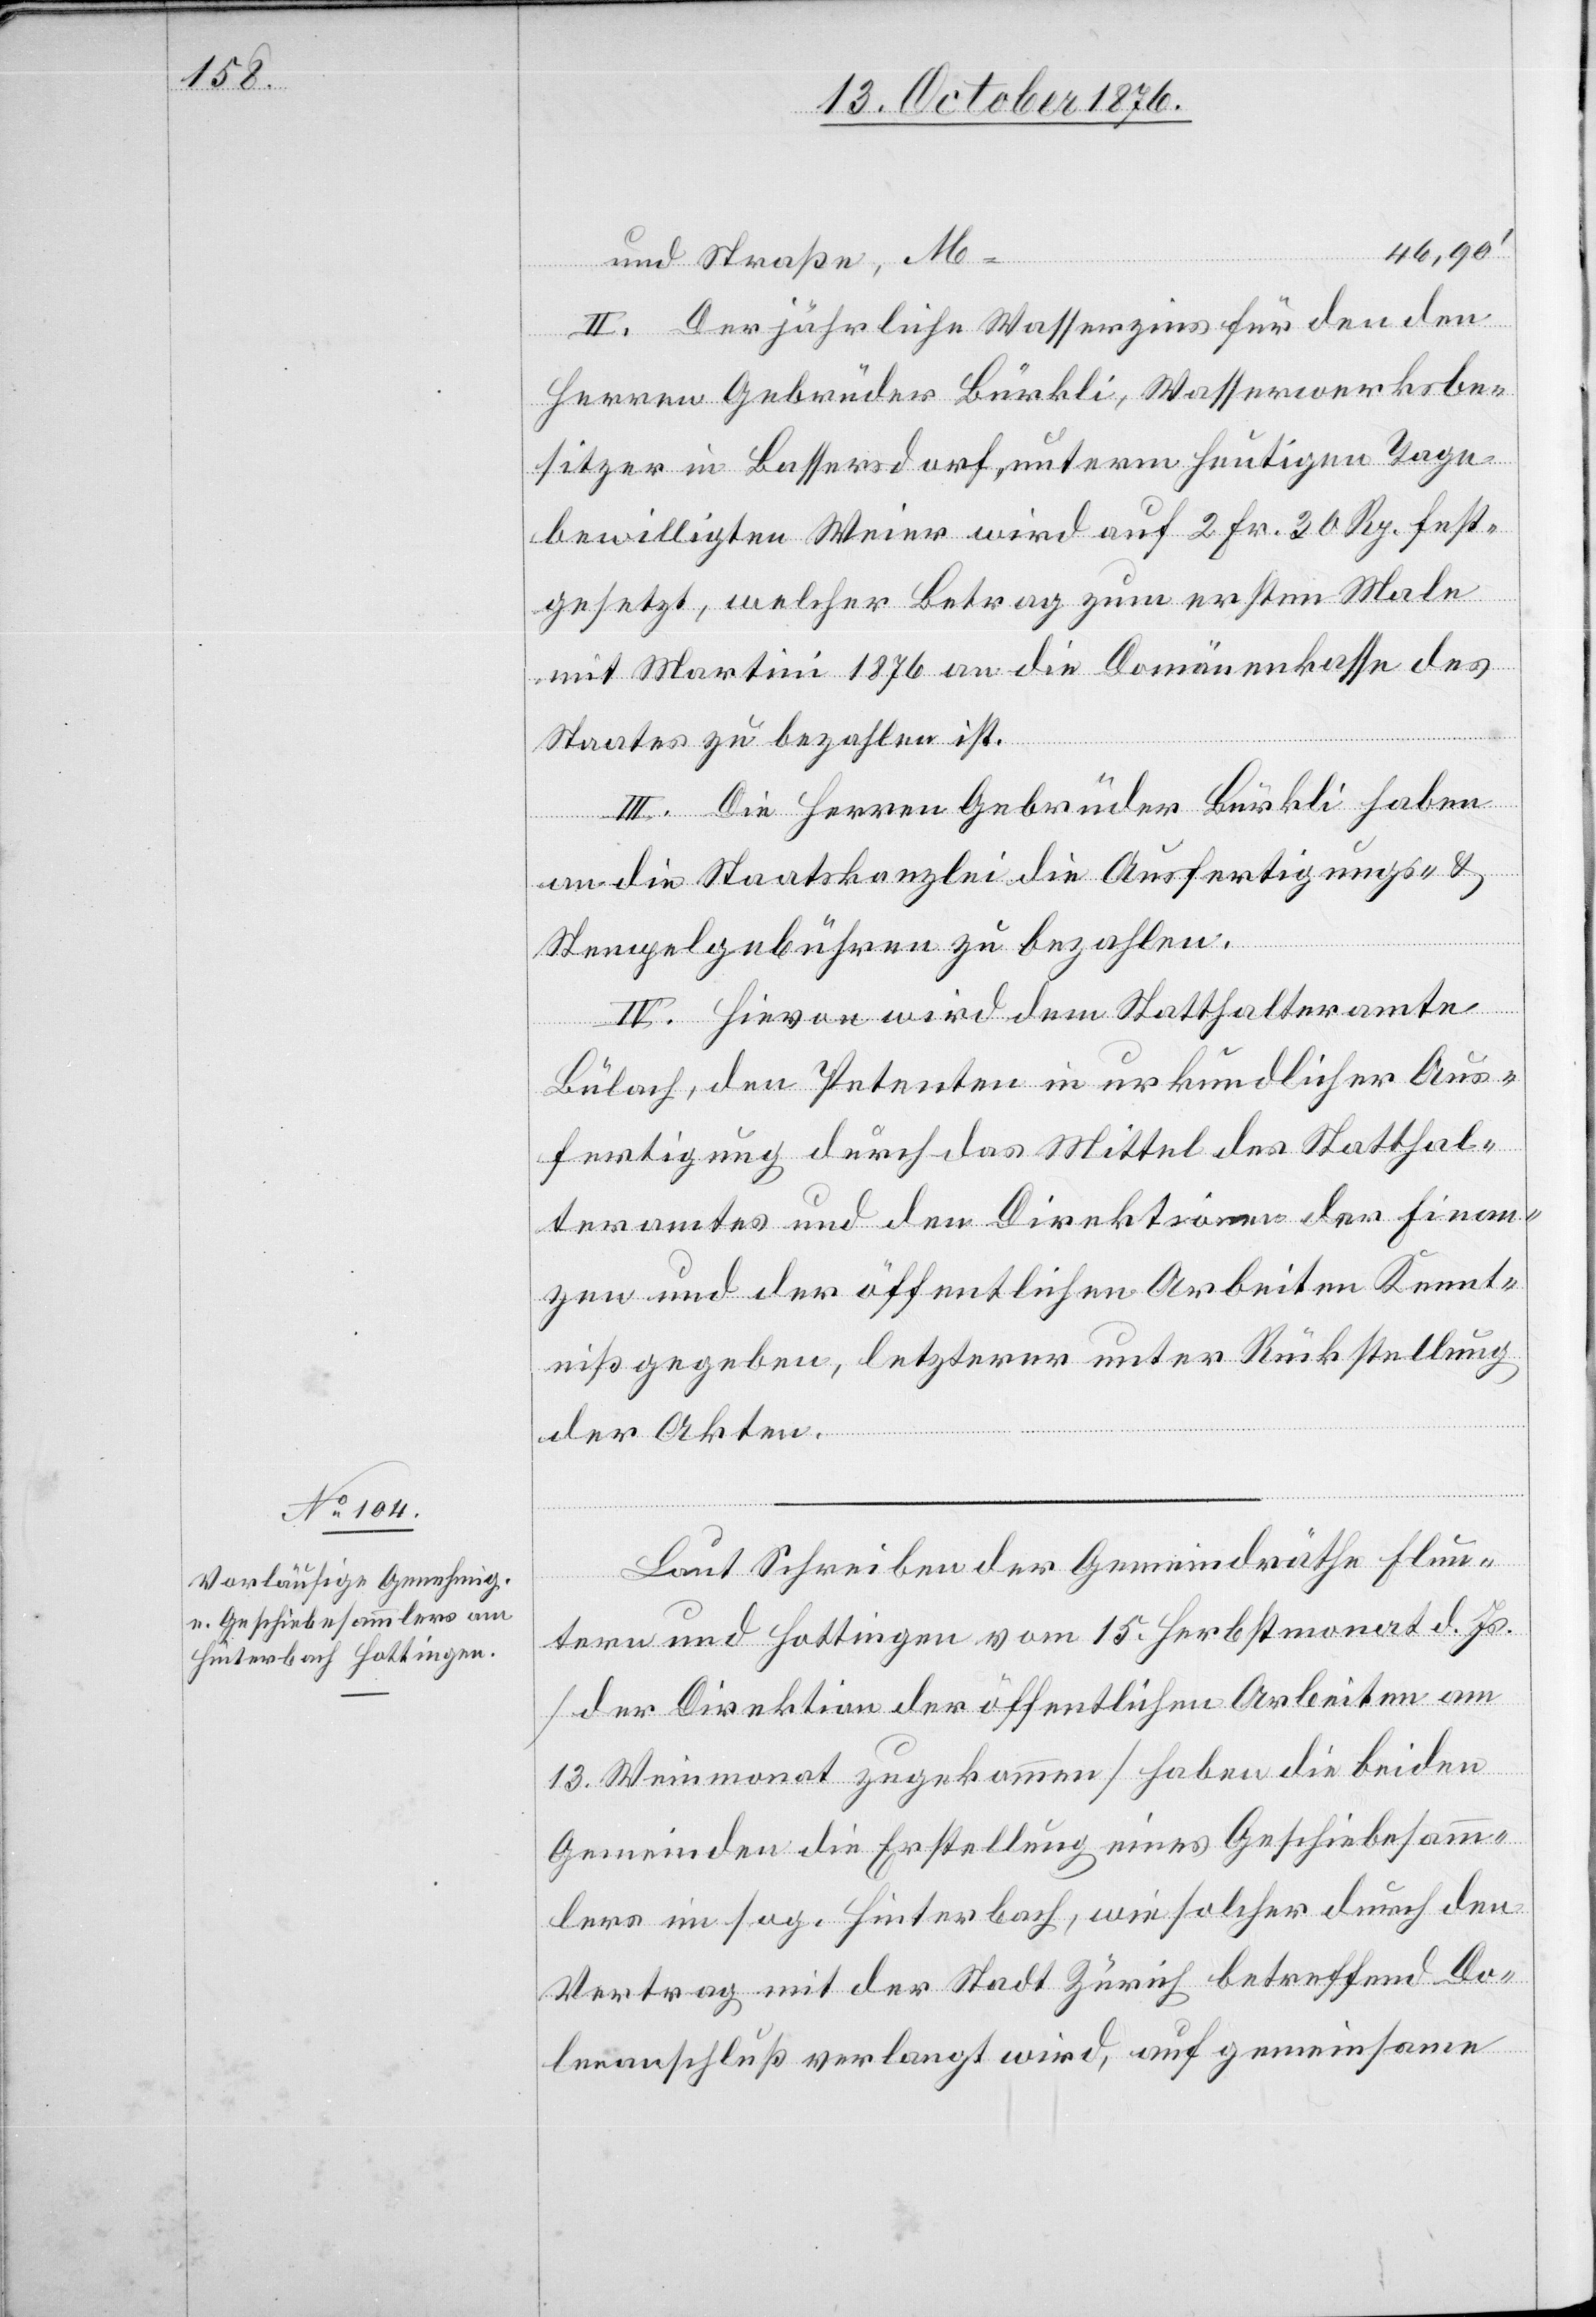
46,90‘
und Straße, M
II. Der jährliche Wasserzins für den den
Herren Gebrüder Bürkli, Wasserwerksbe¬
sitzer in Bassersdorf, unterm heutigen Tage
bewilligten Weier wird auf 2 Fr. 30 Rp. fest¬
gesetzt, welcher Betrag zum ersten Male
mit Martini 1876 an die Domänenkasse des
Staates zu bezahlen ist.
III. Die Herren Gebrüder Bürkli haben
an die Staatskanzlei die Ausfertigungs- &
Stempelgebühren zu bezahlen.
IV. Hievon wird dem Statthalteramte
Bülach, den Petenten in urkundlicher Aus¬
fertigung durch das Mittel des Statthal¬
teramtes und der Direktionen der Finan¬
zen und der öffentlichen Arbeiten Kennt¬
niß gegeben, letzterer unter Rückstellung
der Akten.
Laut Schreiben der Gemeindräthe Flun¬
tern und Hottingen vom 15. Herbstmonat d. Js.
[der Direktion der öffentlichen Arbeiten am
13. Weinmonat zugekommen] haben die beiden
Gemeinden die Erstellung eines Geschiebesamm¬
lers im sog. Hinterbach, wie solcher durch den
Vertrag mit der Stadt Zürich betreffend Do¬
lenanschluß verlangt wird, auf gemeinsame